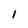
Character: 1